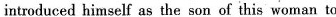
introduced himself as the son of this woman to